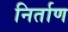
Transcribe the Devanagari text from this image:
निर्ताण